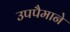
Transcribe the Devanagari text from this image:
उपपैमाने